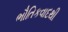
ભૌતિકવાદથી